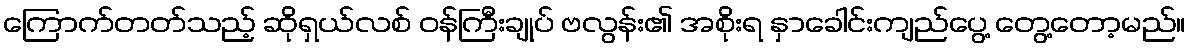
ကြောက်တတ်သည့် ဆိုရှယ်လစ် ဝန်ကြီးချုပ် ဗလွန်း၏ အစိုးရ နှာခေါင်းကျည်ပွေ့ တွေ့တော့မည်။